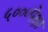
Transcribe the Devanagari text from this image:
५०००पेक्षा